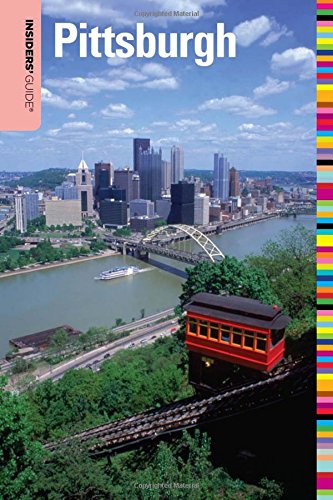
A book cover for Insiders' GuideÂ® to Pittsburgh (Insiders' Guide Series); Michele Margittai; Travel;